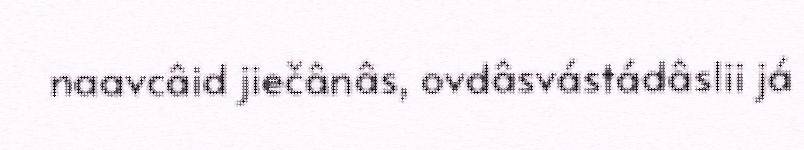
naavcâid jiečânâs, ovdâsvástádâslii já